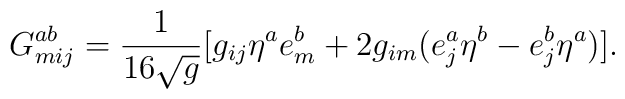
G_{mij}^{ab}=\frac{1}{16\sqrt{g}}[g_{ij}\eta^{a}e_{m}^{b}+2g_{im}(e_{j}^{a}\eta ^{b}-e_{j}^{b}\eta ^{a})].